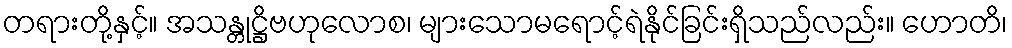
တရားတို့နှင့်။ အသန္တုဋ္ဌိဗဟုလောစ၊ များသောမရောင့်ရဲနိုင်ခြင်းရှိသည်လည်း။ ဟောတိ၊